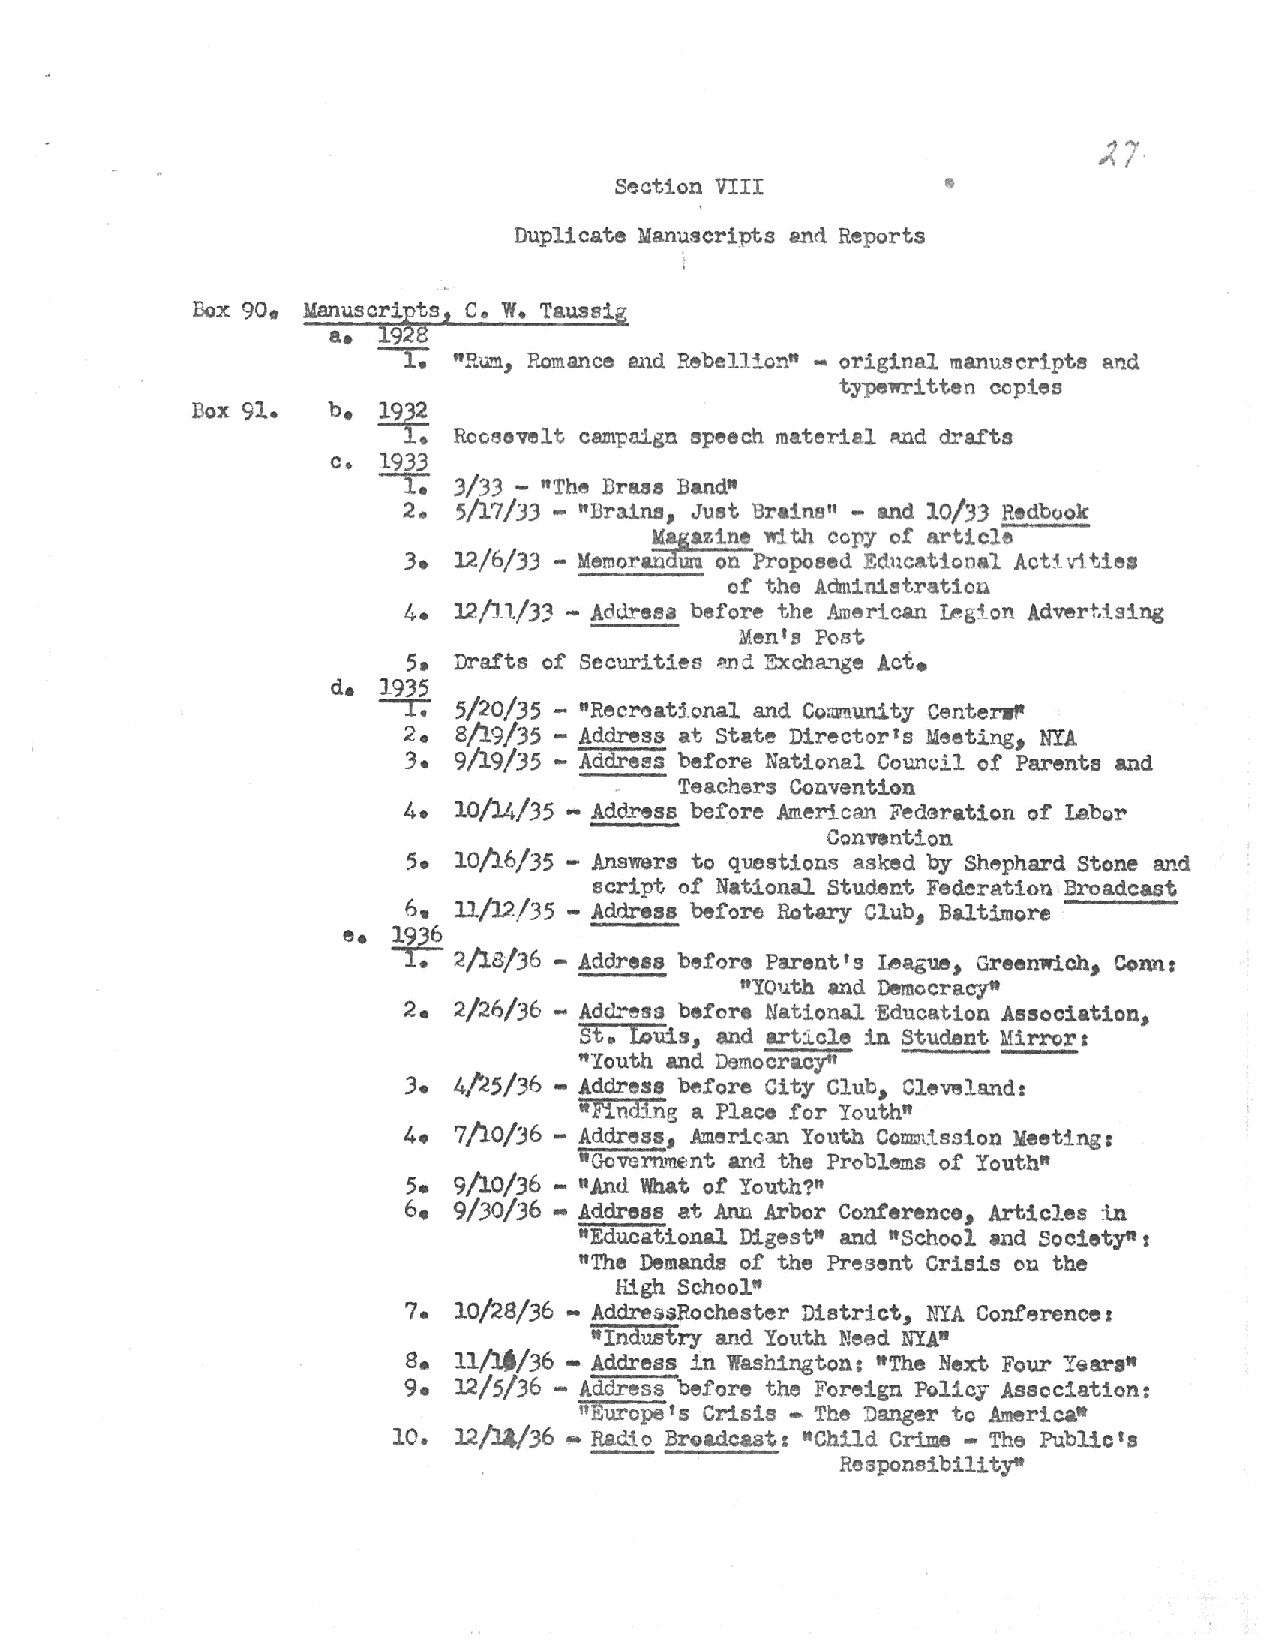
•
 Section VIII
 Duplicate Manuscripts and Reports
 Box 90. Manuscri~ts, c. W. Taussig
 a. l9 8
 ---y; "Rum, Romance and Rebellion" ... original manuscripts and
 typewritten copies
 Box 91.  b.
 19£:
 Rooeoftlt campaign speech material Md drafts
 c. 1933
 --r.
 3/33 - "The Drus Band•
 2. 5/17/33 - "Br:Une, Juet Br•ins" - and 10/33 Redb()ok
 111~azine w:1 t.h copy of article
 3. 12/6/33 - Memoran Um on Proposed Educational Activities
 of the Administration
 4. 12/ll/3~ - Aoc.lrsea before the American legion Advertising
 Men's Post
 5• Drafts of Securities .tmc! Excha."lge Act.
 de 1935
 --r:
 5/20/35 - "Recrl)ati.onal and Co:wnunity Center-"
 2. 8/19/35 - Address at State Directorts Meeting, NYA
 3 • 9/19/35 - Addrel!ls before National Council of Parents and
 .   Teachers Convention
 4. 10/14/35 - Addxess before American Federation of Labor
 Convention
 5. 10/16/35 - Answers to questions asked by Sh"phard Stone and
 script of National Student Federation Broadcast
 6. 11/12/35 - Address before Rotary Club Baltimore
 1
 e. 1936
 ""'!:"""" 2/18/36 - Address before Parent's League Greenwich, Conn s
 1
 "YOuth and Democracy*
 2. 2/26/36 - Address before National ·Education Association,
 St. Guis and article in Student Mirror r
 1
 "Youth and DemocracY"
 3. 4~5/36 - Address before City Club, Clevelands
 "Finding a Place for Youth"
 4. 7/10/36 - Address American Youth Com:ll:tssion Meetings
 1
 iiGovernme.nt and the Problems of Youth"
 5. 9/10/36 .. "And What of Youth?"
 6• 9/30/36 • Address at Ann Arbor Conterenco, Articles in
 "Educational Digest• and •school and Societytts
 "The Demands of the Present Crisis on the
 High School"
 7. 10/28/36 - AddressRochester District, ~~A Conference:
 "Industry and Youth Need NYA"
 s.
 11/lt/36 - Address in Washington: •The Next Four Years•
 9. 12/5/36 - Address before the Foreign Policy Association:
 "Europe's Crisis -The Danger to America•
 10. l2~/36 - Radio Broadcasts •Child Crime - The Public's
 ------           RosponsibilitY"